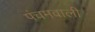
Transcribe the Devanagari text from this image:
पंचमवाली